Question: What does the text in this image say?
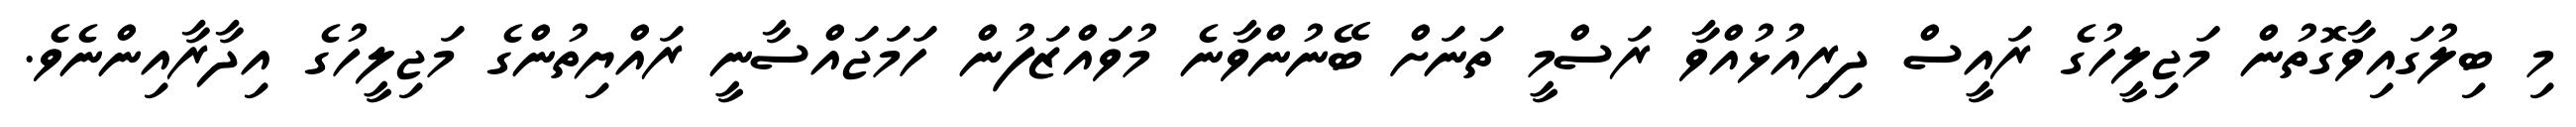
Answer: މި ބިލުގައިވާގޮތުން މަޖިލީހުގެ ރައީސް ދިރިއުޅުއްވާ ރަސްމީ ތަނަށް ބޭނުންވާނެ މުވައްޒަފުން ހަމަޖައްސާނީ ރައްޔިތުންގެ މަޖިލީހުގެ އިދާރާއިންނެވެ.